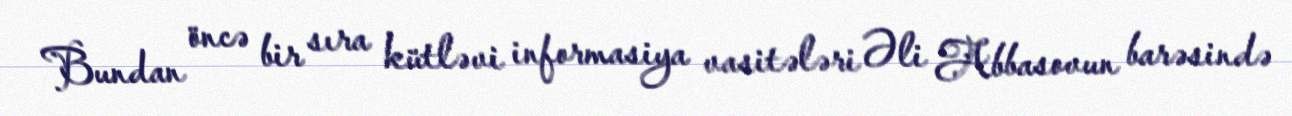
Bundan öncə bir sıra kütləvi informasiya vasitələri Əli Abbasovun barəsində